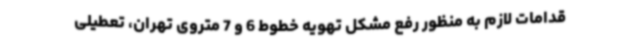
قدامات لازم به منظور رفع مشکل تهویه خطوط 6 و 7 متروی تهران، تعطیلی